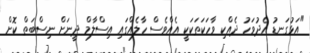
"އަޅުގަނޑު އެދުވަހު ދެއްކި ވާހަކަތަކަކީ އެއްވެސް ހާލެއްގައި އިސްލާމް ދީނަށް ނިސްބަތް ކޮށް